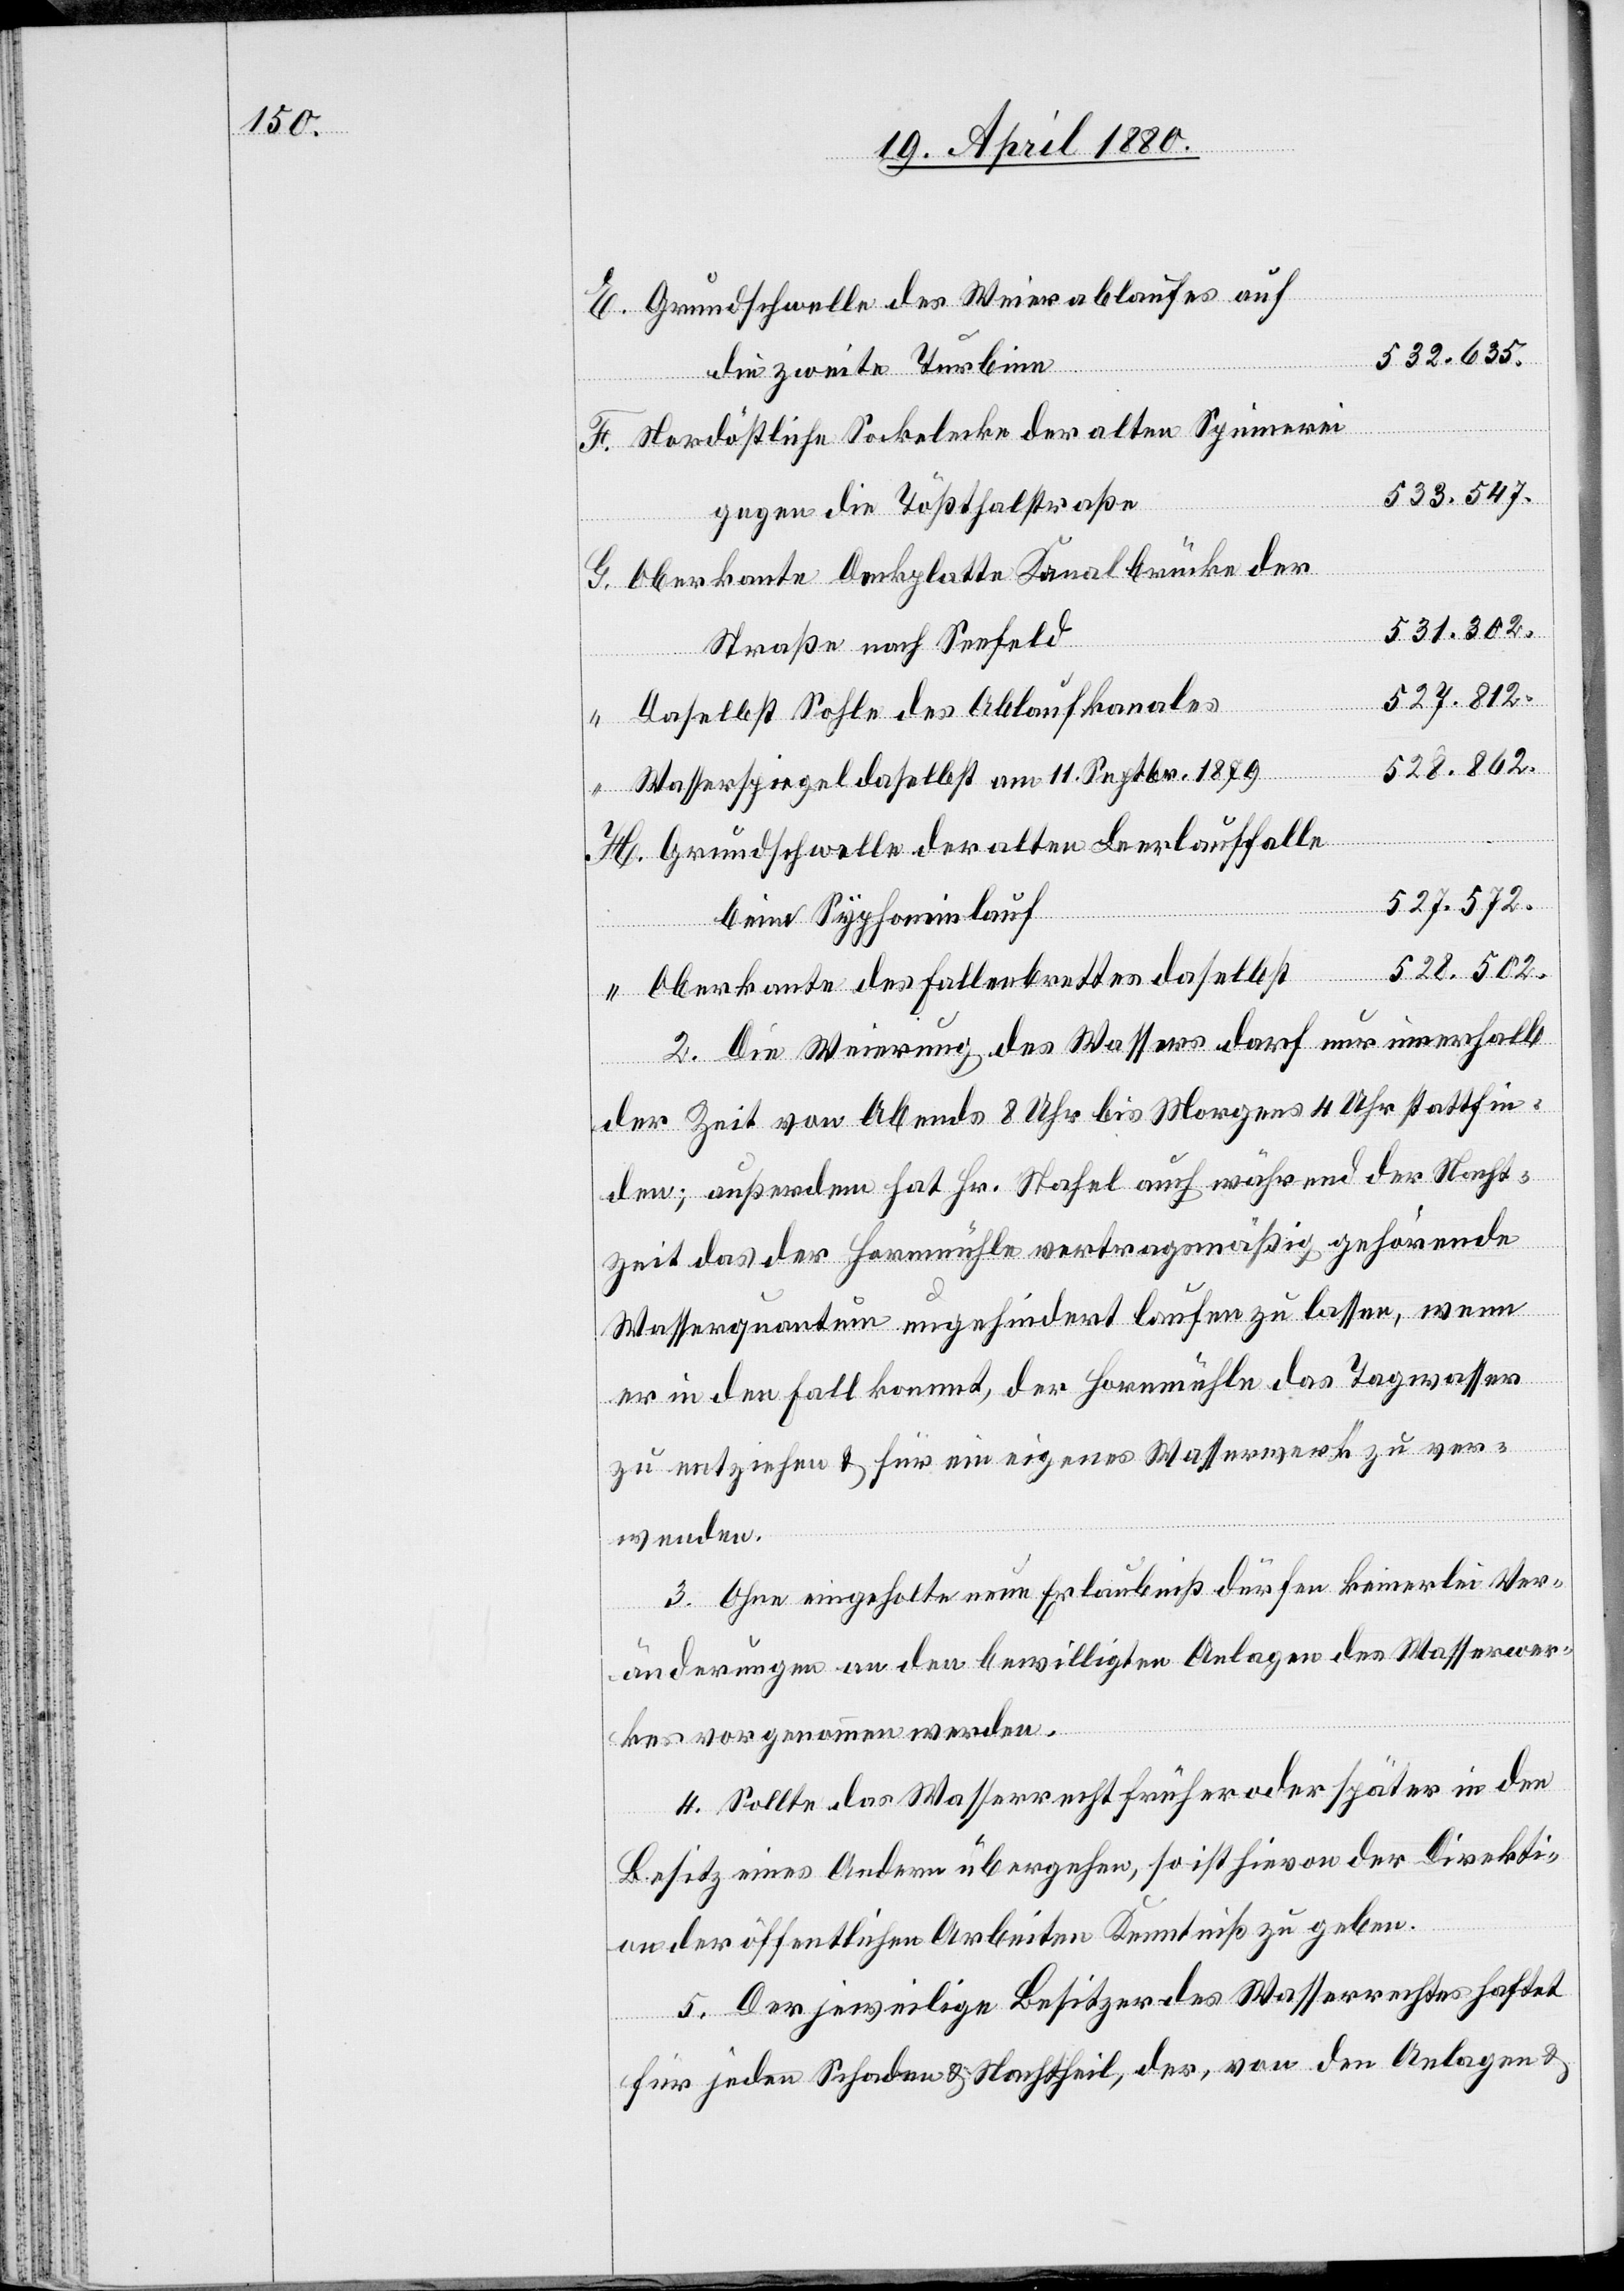
Grundschwelle des Weierablaufes auf
532.635.
F.
die zweite Turbine
der
Nordöstliche Sockelecke der alten Spinnerei
533.547.
gegen die Tößthalstraße
G.
Oberkante Deckplatte Kanalbrücke der
531.302.
selbst
Straße nach Seefeld
Daselbst Sohle des Ablaufkanales
528.862.
ante
Wasserspiegel daselbst am 11. Septbr. 1879
H.
Grundschwelle der alten Leerlauffalle
528.502.
beim Syphoneinlauf
2. Die Weierung des Wassers darf nur innerhalb
der Zeit von Abends 8 Uhr bis Morgens 4 Uhr stattfin¬
den; außerdem hat Hr. Stahel auch während der Nacht¬
zeit das der Hornmühle vertragsmäßig gehörende
Wasserquantum ungehindert laufen zu lassen, wenn
er in den Fall kommt, der Hornmühle das Tagwasser
zu entziehen & für ein eigenes Wasserwerk zu ver¬
wenden.
3. Ohne eingeholte neue Erlaubniß dürfen keinerlei Ver¬
änderungen an den bewilligten Anlagen des Wasserwer¬
kes vorgenommen werden.
4. Sollte das Wasserrecht früher oder später in den
Besitz eines Andern übergehen, so ist hievon der Direkti¬
on der öffentlichen Arbeiten Kenntniß zu geben.
5. Der jeweilige Besitzer des Wasserrechtes haftet
für jeden Schaden & Nachtheil, der, von den Anlagen &